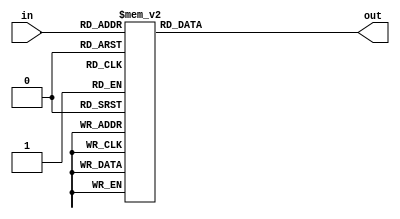
`timescale 1ns / 1ps
//////////////////////////////////////////////////////////////////////////////////
// Company: 
// Engineer: 
// 
// Design Name: 
// Module Name: seg_decoder
// Project Name: 
// Target Devices: 
// Tool Versions: 
// Description: 
// 
// Dependencies: 
// 
// Revision:
// Revision 0.01 - File Created
// Additional Comments:
// 
//////////////////////////////////////////////////////////////////////////////////


module seg_decoder(
    in,
    out,    
    );

//describe
input [3:0] in;
output reg [6:0] out;

//always
always@ ( in ) begin
    case( in )
        4'b0000: out = 7'b1000000;
        4'b0001: out = 7'b1111001;
        4'b0010: out = 7'b0100100;
        4'b0011: out = 7'b0110000;
        4'b0100: out = 7'b0011001;
        4'b0101: out = 7'b0010010;
        4'b0110: out = 7'b0000011;
        4'b0111: out = 7'b1111000;
        4'b1000: out = 7'b0000000;
        4'b1001: out = 7'b0010000;
        default: out = 7'b1111111;
    endcase
end
endmodule